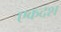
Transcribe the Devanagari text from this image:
एकदश